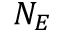
N _ { E }